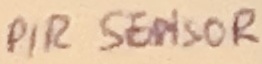
Text: PIR SENSOR